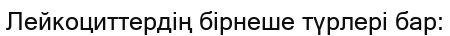
Лейкоциттердің бірнеше түрлері бар: